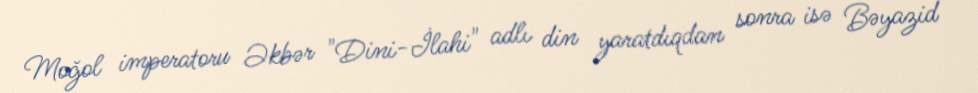
Moğol imperatoru Əkbər "Dini-İlahi" adlı din yaratdıqdan sonra isə Bəyazid